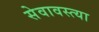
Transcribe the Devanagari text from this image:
सेवावस्त्या